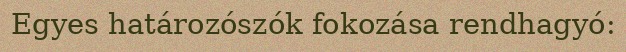
Egyes határozószók fokozása rendhagyó: